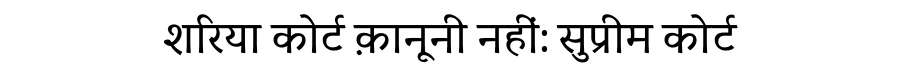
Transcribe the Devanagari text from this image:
शरिया कोर्ट क़ानूनी नहीं: सुप्रीम कोर्ट